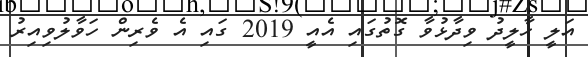
އަލީ ހާލީދު ވިދާޅުވާ ގޮތުގައި އެއީ 2019 ގައި އެ ވެރިން ހަވާލުވިއިރު